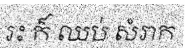
រះ ក៏ ឈប់ សំរាក